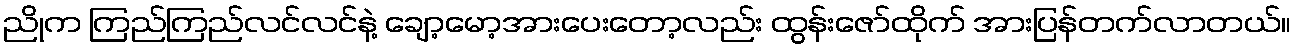
ညိုက ကြည်ကြည်လင်လင်နဲ့ ချော့မော့အားပေးတော့လည်း ထွန်းဇော်ထိုက် အားပြန်တက်လာတယ်။